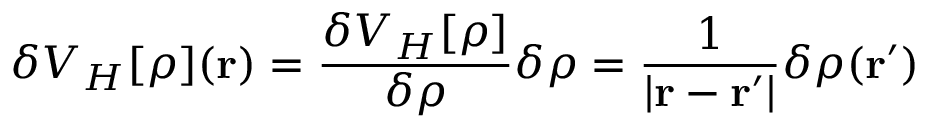
\delta V _ { H } [ \rho ] ( \mathbf { r } ) = { \frac { \delta V _ { H } [ \rho ] } { \delta \rho } } \delta \rho = { \frac { 1 } { | \mathbf { r } - \mathbf { r ^ { \prime } } | } } \delta \rho ( \mathbf { r ^ { \prime } } )